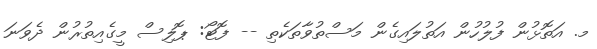
މ. އަތޮޅުން ފުލުހުން އަތުލައިގެން މަސްތުވާތަކެތި -- ފޮޓޯ: ޕޮލިސް މީގެއިތުރުން ދެވަނަ